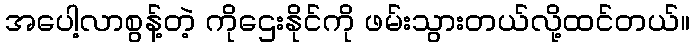
အပေါ့လာစွန့်တဲ့ ကိုဌေးနိုင်ကို ဖမ်းသွားတယ်လို့ထင်တယ်။